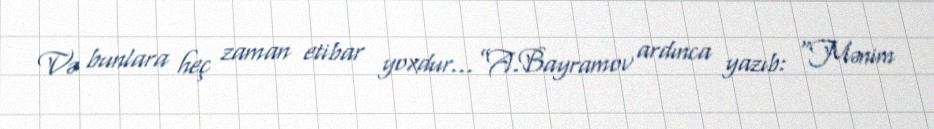
Və bunlara heç zaman etibar yoxdur...”A.Bayramov ardınca yazıb: “Mənim